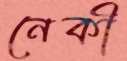
নেকী